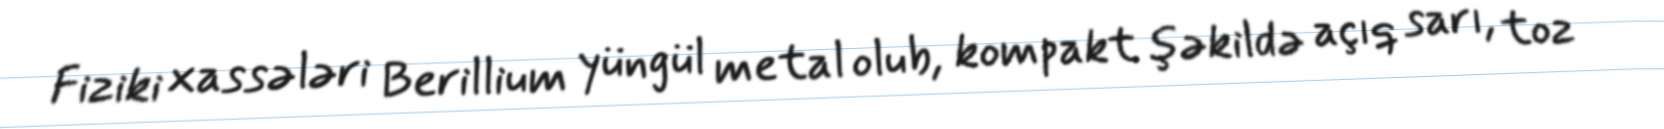
Fiziki xassələri Berillium yüngül metal olub, kompakt şəkildə açıq sarı, toz